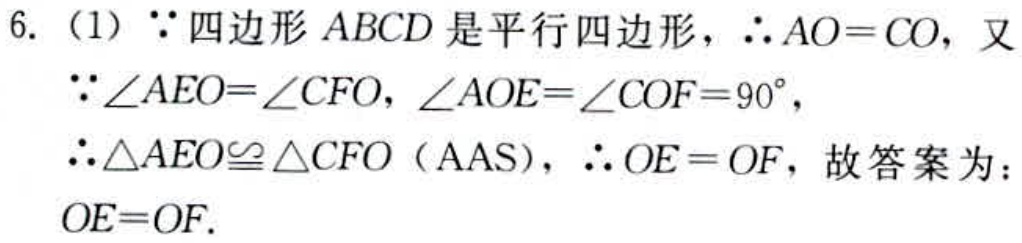
6.（1）\(\because\)四边形\(ABCD\)是平行四边形，\(\therefore AO = CO\)，又
\(\because\angle AEO=\angle CFO\)，\(\angle AOE=\angle COF = 90^{\circ}\)，
\(\therefore\triangle AEO\cong\triangle CFO\)（\(AAS\)），\(\therefore OE = OF\)，故答案为：
\(OE = OF\).